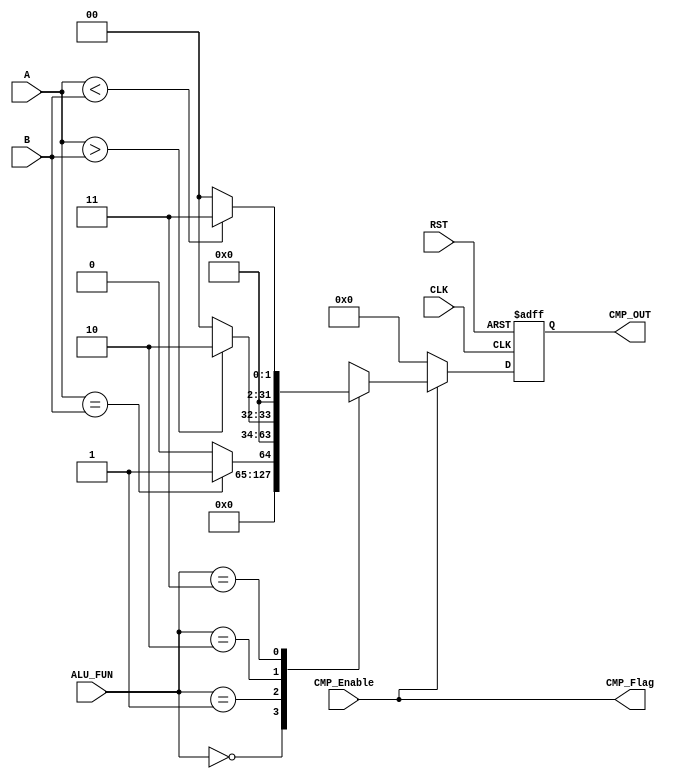

module CMP_UNIT  #(parameter Operand_SIZE = 16, parameter ALU_OUT = 32) (

input wire [Operand_SIZE-1 :0] A,
input wire [Operand_SIZE-1 :0] B,
input wire [1:0] ALU_FUN,

input wire CLK,
input wire CMP_Enable,
input wire RST,

output reg [ALU_OUT-1:0] CMP_OUT,
output wire  CMP_Flag );

always@(posedge CLK or negedge RST)
  begin
	if ( !RST )
	  begin
		  CMP_OUT <= 'd0;
		end
	else
	  begin
	    if(CMP_Enable)
			  begin
				case (ALU_FUN)
				
					2'b00:
							begin
							  CMP_OUT <= 'd0 ; //nop
							end
					2'b01:
							begin
							  if (A==B)
								 begin
									  CMP_OUT ='d1;
								 end
							 else
								 begin
									  CMP_OUT ='d0;
								 end
							end
					2'b10:
							begin
							  if (A>B)
								begin
									 CMP_OUT ='d2;
								end
							  else
								begin
									 CMP_OUT ='d0;
								end
							end
					2'b11:
							begin
							   if (A<B)
								 begin
									 CMP_OUT ='d3;
								 end
							   else
								 begin
									 CMP_OUT ='d0;
								 end
							end
					default: 
							begin
							   CMP_OUT <= 'd0 ; //nop
							end
					endcase
				end
		else
		 begin
			CMP_OUT <='d0;
		 end			
	        end
   end
   assign CMP_Flag = (CMP_Enable == 1'b1);
  endmodule